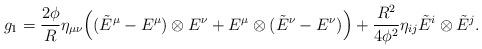
LaTeX: \begin{align*}g_1=\frac{2\phi}{R}\eta_{\mu\nu}\Big( (\tilde E^{\mu}-E^\mu)\otimes E^\nu+E^\mu\otimes(\tilde E^\nu-E^\nu)\Big)+\frac{R^2}{4\phi^2}\eta_{ij}\tilde E^i\otimes\tilde E^{j}.\end{align*}